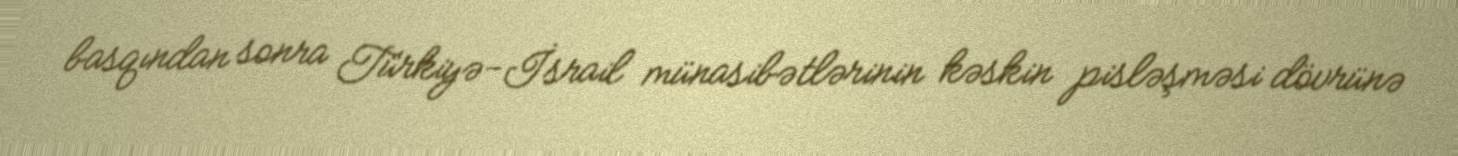
basqından sonra Türkiyə-İsrail münasibətlərinin kəskin pisləşməsi dövrünə